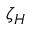
\zeta _ { H }